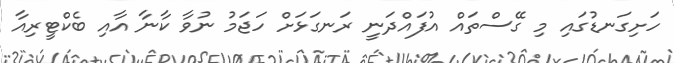
ހަށިގަނޑުގައި މި ގޭސްތައް އުފައްދަނީ ރަނގަޅަށް ހަޖަމު ނުވާ ކާނާ އާއި ބެކްޓީރިއާ